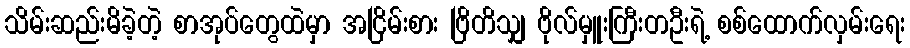
သိမ်းဆည်းမိခဲ့တဲ့ စာအုပ်တွေထဲမှာ အငြိမ်းစား ဗြိတိသျှ ဗိုလ်မှူးကြီးတဦးရဲ့ စစ်ထောက်လှမ်းရေး